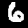
Label: 6